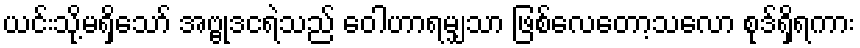
ယင်းသို့မရှိသော် အဗ္ဗုဒငရဲသည် ဝေါဟာရမျှသာ ဖြစ်လေတော့သလော စုဒ်ရှိရကား